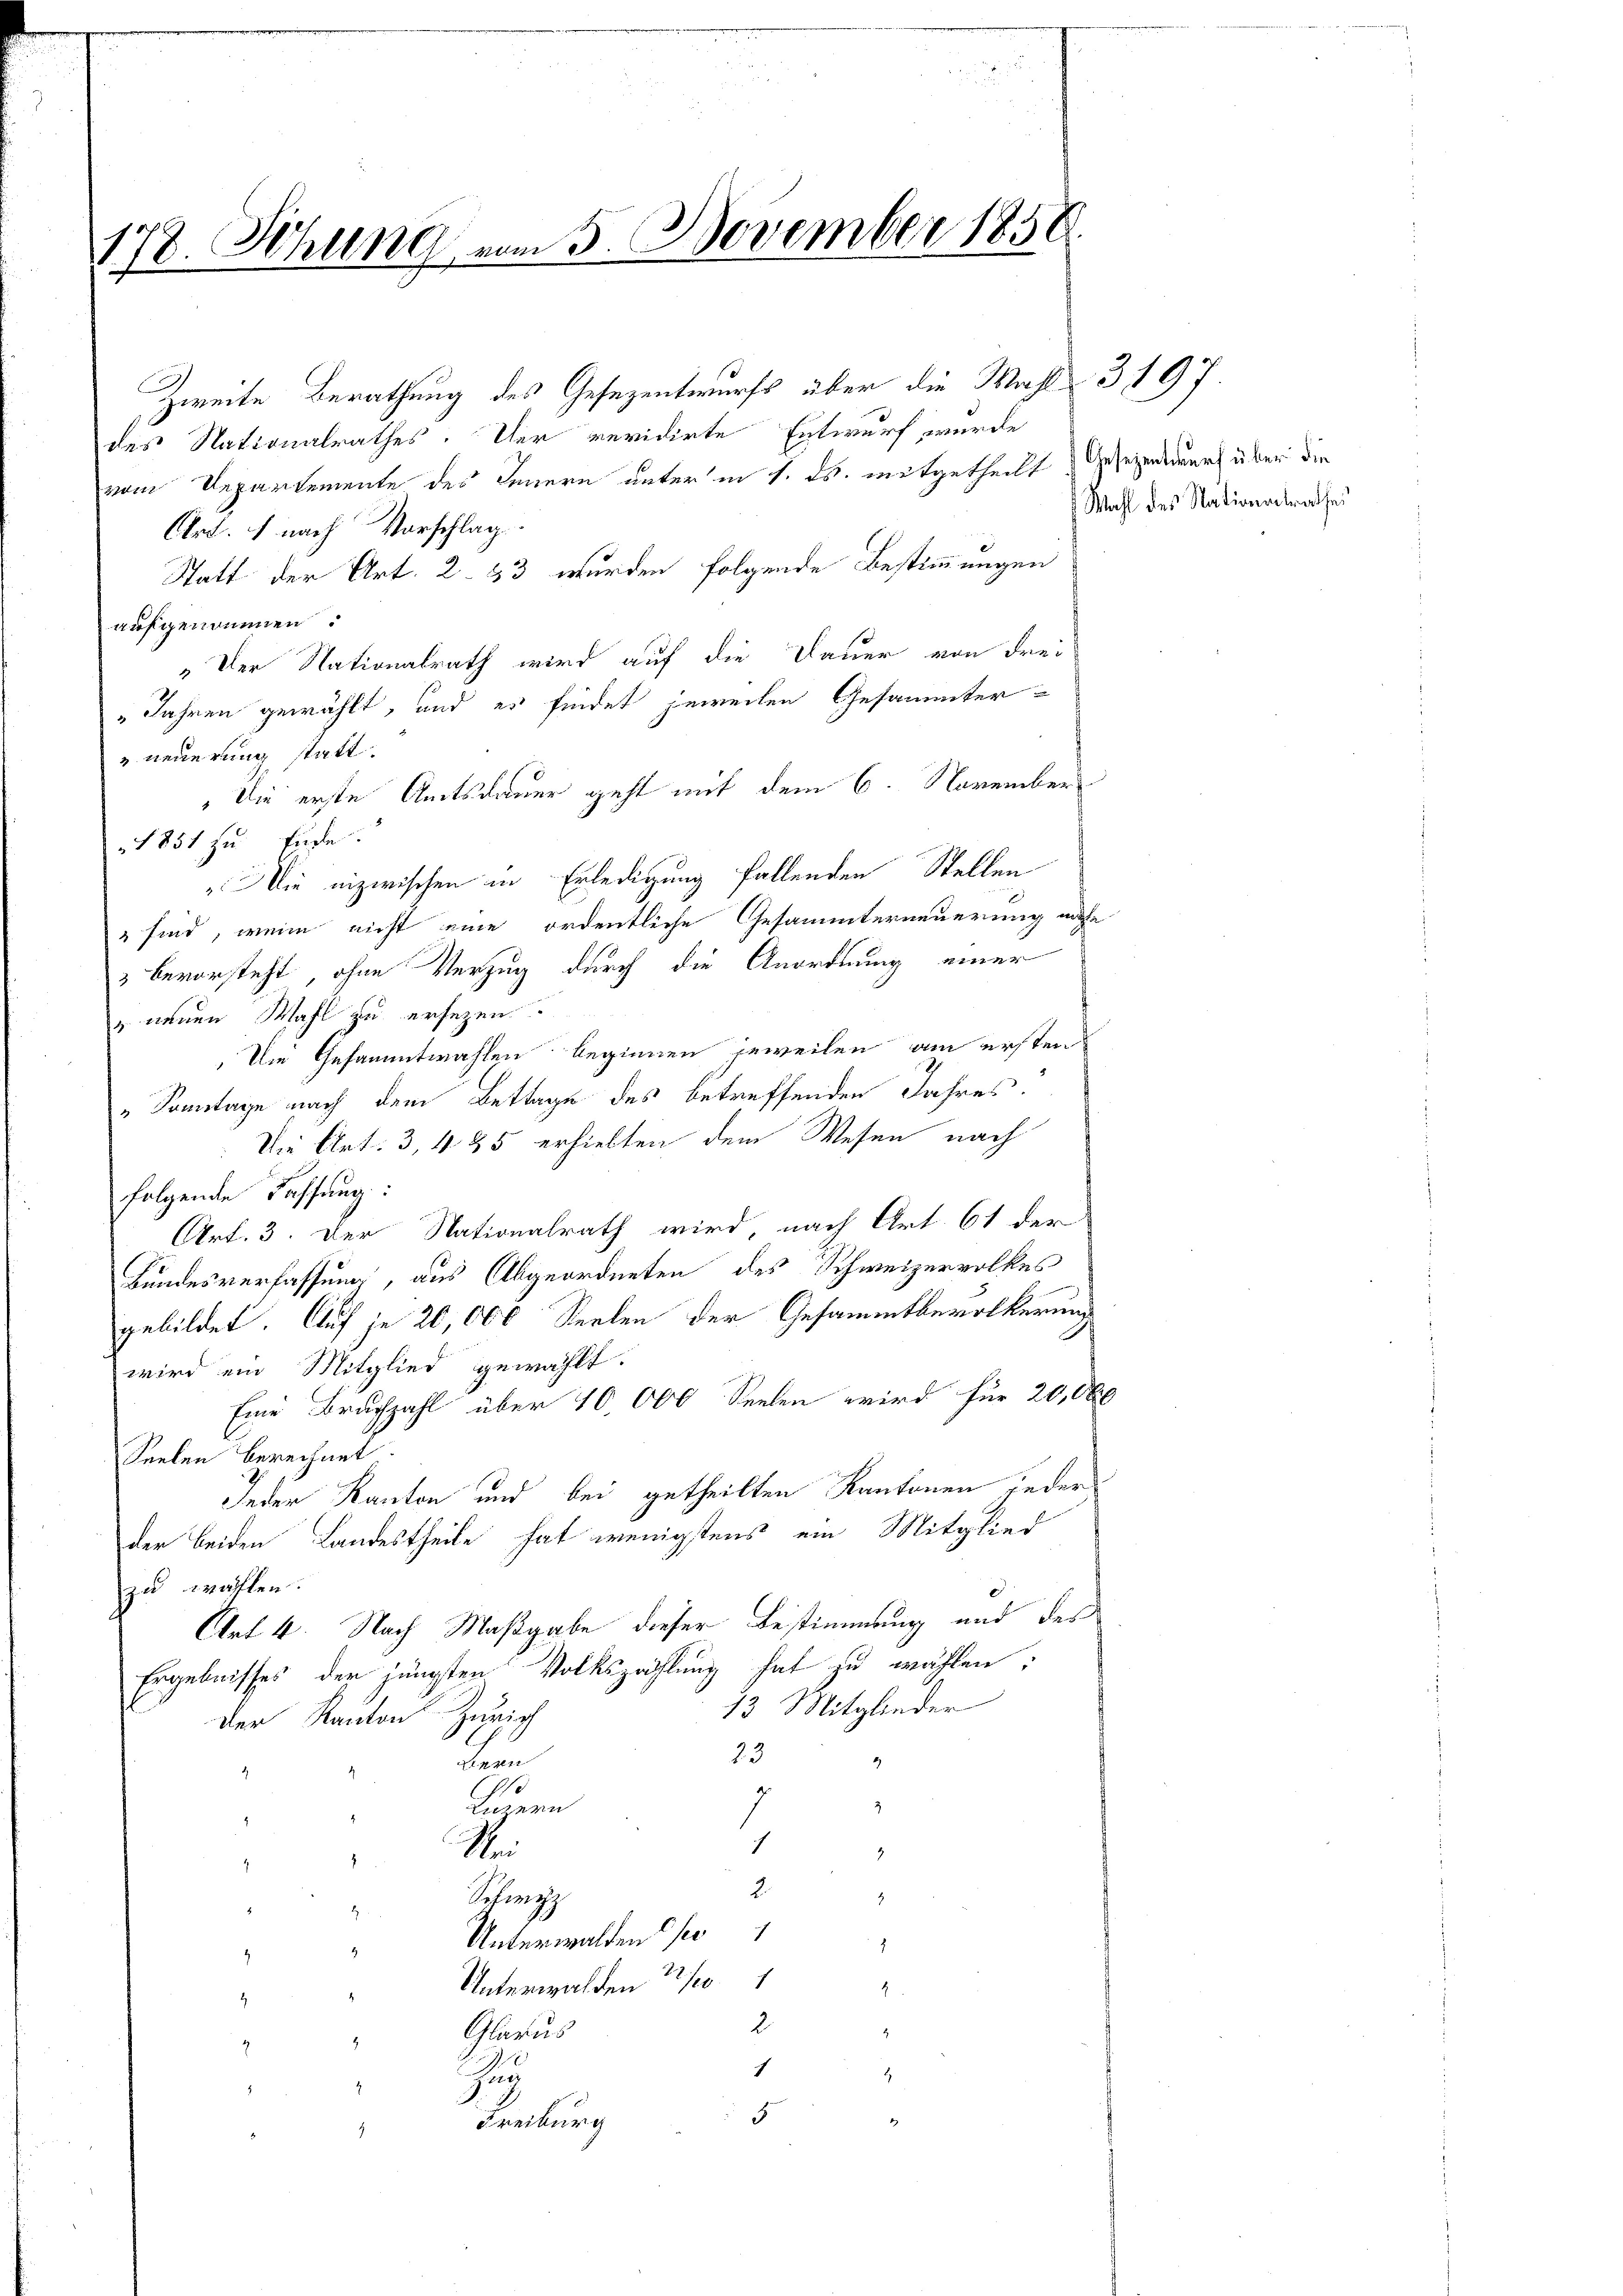
178. Sitzung vom 5. November 1850.

Zweite Berathung des Gesezentwurfs über die Wahl 3197.
des Nationalrathes. Der revidirte Entwurf wurde
vom Departemente des Feuern unter in 1. ds. mitgetheilt. Gesezmedurch über die
Art. 1 nach Vorschlag.
Statt der Art. 2. 33 wurden folgende Bestimmungen
aufgenommen:
„Der Nationalrath wird auf die Dauer von drei
„Jahren gewählt, und es findet jeweilen Gesammter-
 neuerung statt.
Die erste Amtsdauer geht mit dem 6. November
1851 zu Ende.
„Die inzwischen in Erledigung fallenden Stellen
 sind, wenn nicht eine ordentliche Gesammterneuerung nahe
3 bevorsteht ohne Verzug durch die Anordnung einer
u neuen Wahl zu ersezen
Die Gesammtwahlen beginnen jeweilen am ersten
"Sonntage nach dem Bettage des betreffenden Jahres.
Die Art. 3, 485 erhielten dem Wesen nach
folgende Fassung:
Art. 3. Der Nationalrath wird nach Art. 61 der
Bundesverfassung, aus Abgeordneten des Schweizervolkes
gebildet. Auf je 20,000 Seelen der Gesammtbevölkerung
wird ein Mitglied gewählt.
Eine Bruchzahl über 10,000 Seelen wird für 20, Ob
Seelen berechnet.
Jeder Kanton und bei getheilten Kantonen jeder
der beiden Landestheile hat wenigstens ein Mitglied
zu wählen.
Art 4. Nach Maßgabe dieser Bestimmung und des
Ergebnisses der jüngsten Volkszählung hat zu wählen:
13. Mitglieder
Der Kanton Zürich
23
412
2)
o
7
3
Linnern
1
Se
2.
.
h
2
Sehizz
.
t
Unterwalden so
.
t
Unterwalden 2/
1
1
2
.
Glarus
s
g
1
Zau
.
.
5
1
Freiburg

Wahl des Nationalrathe